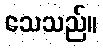
သေသည်။